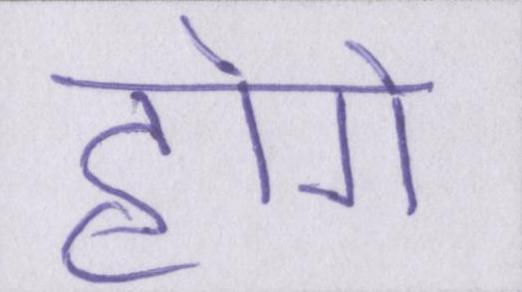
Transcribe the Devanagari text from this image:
होगे